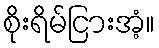
စိုးရိမ်ငြားအံ့။